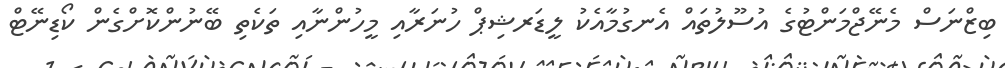
ބިޒްނަސް މެނޭޖްމަންޓުގެ އުސޫލުތައް އެނގުމާއެކު ލީޑަރޝިޕް ހުނަރާއި މީހުންނާއި ތަކެތި ބޭނުންކޮށްގެން ކޯޑިނޭޓް